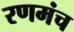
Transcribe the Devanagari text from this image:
रणमंच